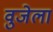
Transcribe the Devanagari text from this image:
वुजेला